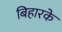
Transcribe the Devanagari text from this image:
बिहारके